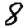
Digit: 8